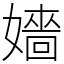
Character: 嬙